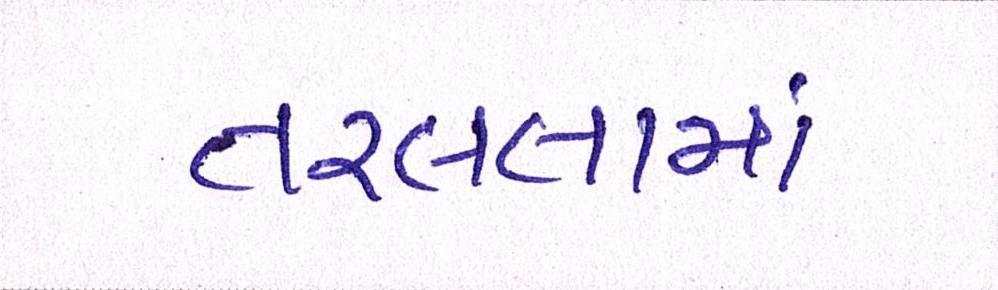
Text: તરલતામાં